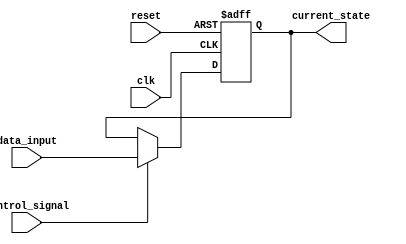
module hold_condition (
    input wire clk,               // Clock signal
    input wire reset,             // Reset signal
    input wire control_signal,     // Control signal to hold or update the state
    input wire [7:0] data_input,   // New data input
    output reg [7:0] current_state  // Current state output
);

// Initialization of the current state on reset
always @(posedge clk or posedge reset) begin
    if (reset) begin
        current_state <= 8'b0;   // Initialize to zero on reset
    end else if (control_signal) begin
        current_state <= data_input; // Update current state if control signal is active
    end
    // If control_signal is LOW, current_state remains unchanged (hold condition)
end

endmodule